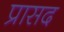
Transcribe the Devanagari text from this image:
प्रासद